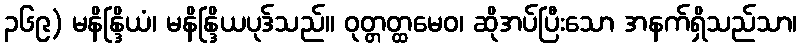
၃၆၉) မနိန္ဒြိယံ၊ မနိန္ဒြိယပုဒ်သည်။ ဝုတ္တတ္ထမေဝ၊ ဆိုအပ်ပြီးသော အနက်ရှိသည်သာ၊